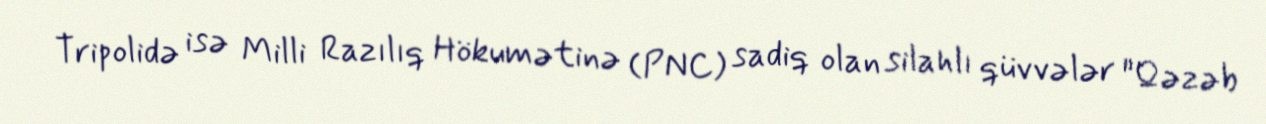
Tripolidə isə Milli Razılıq Hökumətinə (PNC) sadiq olan silahlı qüvvələr "Qəzəb